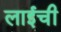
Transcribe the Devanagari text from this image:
लाईची